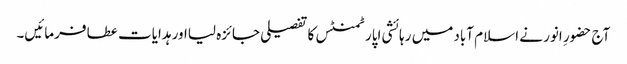
آج حضورِ انور نے اسلام آباد میں رہائشی اپارٹمنٹس کا تفصیلی جائزہ لیااور ہدایات عطا فرمائیں۔